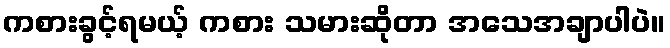
ကစားခွင့်ရမယ့် ကစား သမားဆိုတာ အသေအချာပါပဲ။